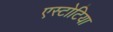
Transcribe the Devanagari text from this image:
एस्टोटिया